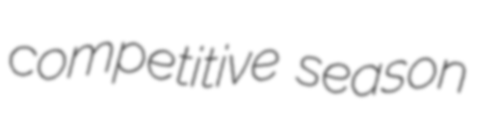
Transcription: competitive season